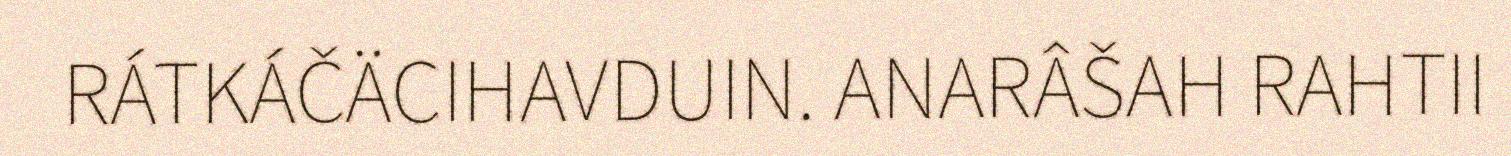
RÁTKÁČÄCIHAVDUIN. ANARÂŠAH RAHTII